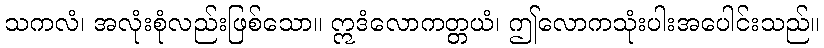
သကလံ၊ အလုံးစုံလည်းဖြစ်သော။ ဣဒံလောကတ္တယံ၊ ဤလောကသုံးပါးအပေါင်းသည်။